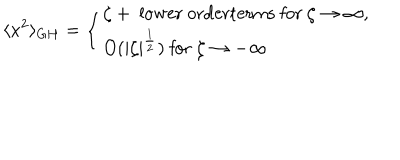
\langle x ^ { 2 } \rangle _ { G H } = \left\{ \begin{array} { l } { { \zeta + \mathrm { ~ l o w e r ~ o r d e r t e r m s ~ f o r ~ } \zeta \to \infty , } } \\ { { O ( | \zeta | ^ { \frac 1 2 } ) \mathrm { ~ f o r ~ } \zeta \to - \infty } } \\ \end{array} \right.